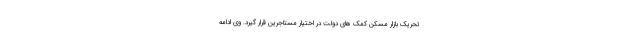
تحریک بازار مسکن کمک های دولت در اختیار مستاجرین قرار گیرد. وی ادامه